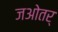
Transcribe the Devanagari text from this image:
जओतर्